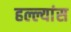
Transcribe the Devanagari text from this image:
हल्ल्यांस